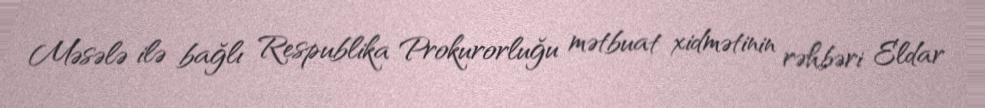
Məsələ ilə bağlı Respublika Prokurorluğu mətbuat xidmətinin rəhbəri Eldar